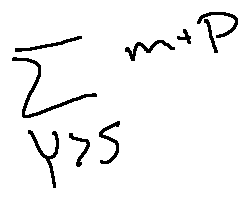
\sum \limits _ { Y > S } m + p